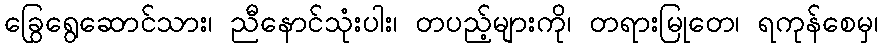
ခြွေရွေဆောင်သား၊ ညီနောင်သုံးပါး၊ တပည့်များကို၊ တရားမြုတေ၊ ရကုန်စေမှ၊